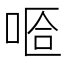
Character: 𠵏